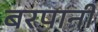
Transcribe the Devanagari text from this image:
बरपानी